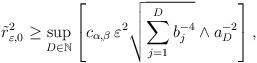
LaTeX: \begin{align*}\tilde r^2_{\varepsilon,0} \geq \sup_{D \in \mathbb{N}} \left[c_{\alpha,\beta}\,\varepsilon^2 \sqrt{\sum_{j=1}^D b_j^{-4}} \wedge a_D^{-2} \right],\end{align*}